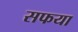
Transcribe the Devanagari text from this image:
सफया